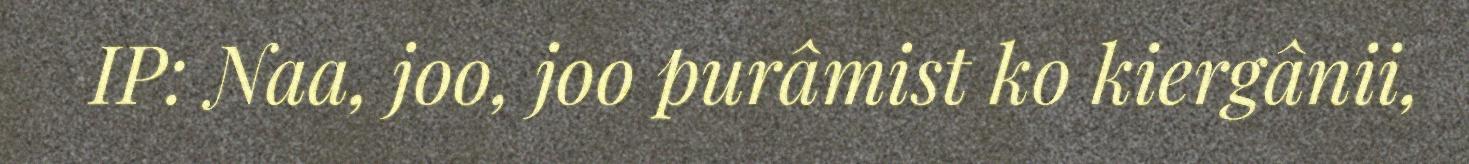
IP: Naa, joo, joo purâmist ko kiergânii,